Report on vaccination in Madras 1877-1894 - 1877-1894
Year: 1877
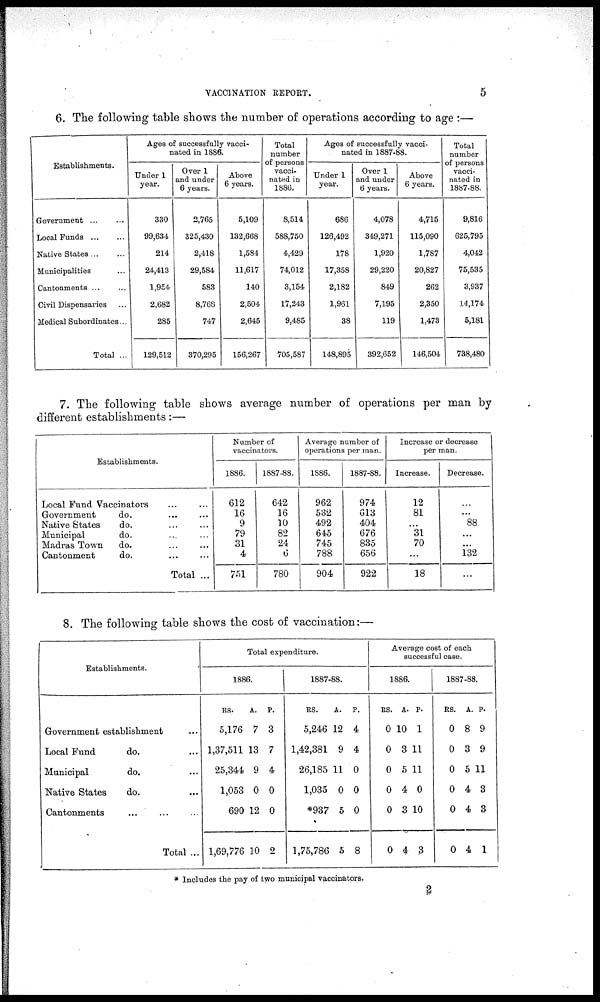
VACCINATION REPORT.
5
6. The following table shows the number of operations according to age :—
Establishments.
Government ... ...
Local Funds
...
...
Native States ... ...
Municipalities ...
Cantonments ... ...
Civil Dispensaries ...
Medical Subordinates...
Total ...
Ages of successfully vacci-
nated in 1886.
Under 1
year.
330
99,634
214
24,413
1,954
2,682
285
129,512
Over 1
and under
6 years.
2,765
325,430
2,418
29,584
583
8,768
747
370,295
Above
6 years.
5,109
132,668
1,584
11,617
140
2,504
2,645
156,267
Total
number
of persons
vacci-
nated in
1886.
8,514
588,750
4,429
74,012
3,154
17,243
9,485
705,587
Ages of successfully vacci-
nated in 1887-88.
Under 1
year.
686
126,492
178
17,358
2,182
1,961
38
148,895
Over 1
and under
6 years.
4,078
349,271
1,920
29,220
849
7,195
119
392,652
Above
6 years.
4,715
115,090
1,787
20,827
262
2,350
1,473
146,504
Total
number
of persons
vacci-
nated in
1887-88.
9,816
625,795
4,042
75,535
3,937
14,174
5,181
738,480
7. The following table shows average number of operations per man by
different establishments:—
Establishments.
Local Fund Vaccinators ... ...
Government
do. ... ...
Native States
do. ... ...
Municipal
do. ... ...
Madras Town
do. ... ...
Cantonment
do. ... ...
Total ...
Number of
vaccinators.
1886.
612
16
9
79
31
4
751
1887-88.
642
16
10
82
24
6
780
Average number of
operations per man.
1886.
962
532
492
645
745
788
904
1887-88.
974
613
404
676
835
656
922
Increase or decrease
per man.
Increase.
12
81
...
31
70
...
18
Decrease.
...
...
88
...
...
132
...
8. The following table shows the cost of vaccination:—
Establishments.
Government establishment ...
Local Fund
do. ...
Municipal
do. ...
Native States
do. ...
Cantonments ... ... ...
Total ...
Total expenditure.
1886.
RS.
5,176
1,37,511
25,344
1,053
690
1,69,776
A.
7
13
9
0
12
10
P.
3
7
4
0
0
2
1887-88.
RS.
5,246
1,42,381
26,185
1,035
*937
1,75,786
A.
12
9
11
0
5
5
P.
4
4
0
0
0
8
Average cost of each
successful case.
1886.
RS.
0
0
0
0
0
0
A.
10
3
5
4
3
4
P.
1
11
11
0
10
3
1887-88.
RS.
0
0
0
0
0
0
A.
8
3
5
4
4
4
P.
9
9
11
3
3
1
* Includes the pay of two municipal vaccinators.
2